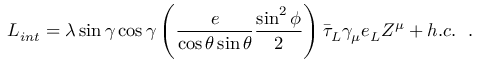
{ \cal L } _ { i n t } = \lambda \sin \gamma \cos \gamma \left( \frac { e } { \cos \theta \sin \theta } \frac { \sin ^ { 2 } \phi } { 2 } \right) { \bar { \tau } } _ { L } { \gamma } _ { \mu } e _ { L } Z ^ { \mu } + h . c . ~ ~ .